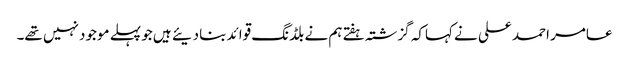
عامر احمد علی نے کہاکہ گزشتہ ہفتے ہم نے بلڈنگ قوائد بنادیئے ہیں جو پہلے موجود نہیں تھے۔